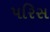
પરિસ